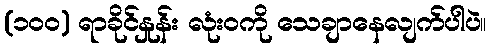
(၁၀၀) ရာခိုင်နှုန်း လုံးဝကို သေချာနေလျက်ပါပဲ။